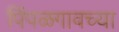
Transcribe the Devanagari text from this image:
पिंपळगावच्या